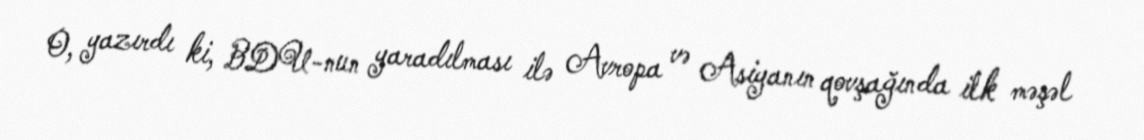
O, yazırdı ki, BDU-nun yaradılması ilə Avropa və Asiyanın qovşağında ilk məşəl